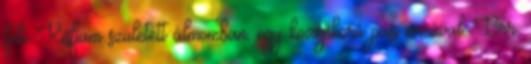
felé Kisfiam született álmomban, egy középkorú pasi arcával. Brr.